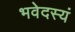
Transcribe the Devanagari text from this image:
भवेदस्यं